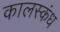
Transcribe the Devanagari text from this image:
कालस्कंध